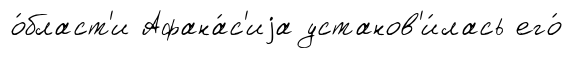
о́бласт'и Афана́с'иjа установ'и́лась его́